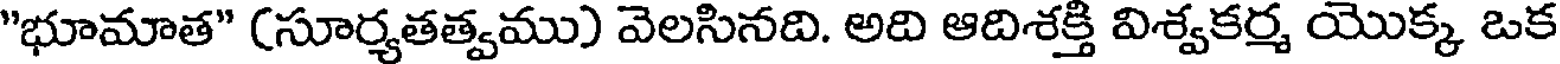
"భూమాత" (సూర్యతత్వము) వెలసినది. అది ఆదిశక్తి విశ్వకర్మ యొక్క ఒక